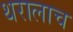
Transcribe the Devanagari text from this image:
थरालाच